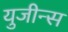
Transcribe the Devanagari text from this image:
युजीन्स